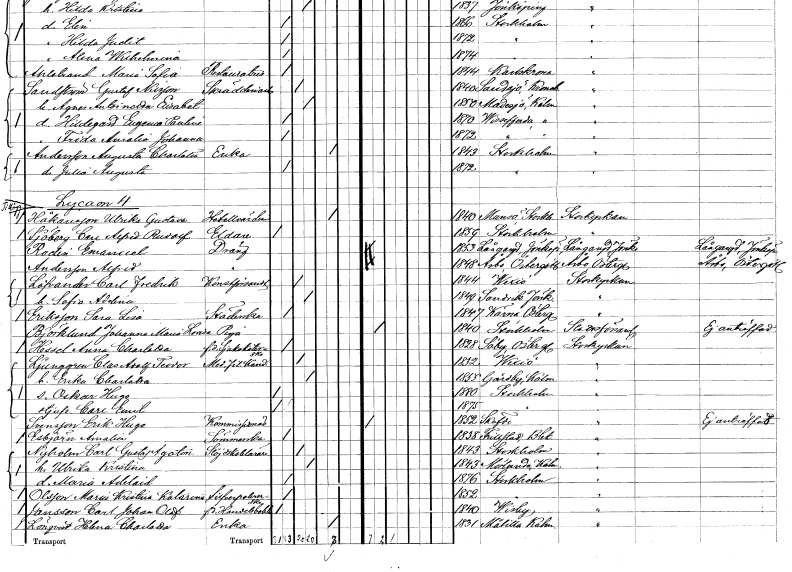
gt_parse: households: individuals: FN: Augusta Charlotta
EN: Andersson
YRKE: Änka
KON: K
CIV: E
FODAR: 1843
FODFORS: Stockholm
FN: Julia Augusta
KON: K
CIV: O
FODAR: 1872
FODFORS: Stockholm
FN: Ulrika Gustava
EN: Håkansson
YRKE: Hotellvärdinna
KON: K
CIV: E
FODAR: 1840
FODFORS: Munsö Stockholms län
FN: Carl Alfred Rudolf
EN: Sjöberg
YRKE: Eldare
KON: M
CIV: O
FODAR: 1859
FODFORS: Stockholm
FN: Emanuel
EN: Rodin
YRKE: Dräng
KON: M
CIV: O
FODAR: 1853
FODFORS: Långaryd Jönköpings län
FN: Alfred
EN: Andersson
YRKE: Dräng
KON: M
CIV: O
FODAR: 1848
FODFORS: Åsbo Östergötlands län
FN: Carl Fredrik
EN: Löfvander
YRKE: Konstförvandt
KON: M
CIV: G
FODAR: 1844
FODFORS: Växjö Kronobergs län
FN: Sofia Adelina
KON: K
CIV: G
FODAR: 1849
FODFORS: Sandvik Jönköpings län
FN: Sara Lisa
EN: Eriksson
YRKE: Städerska
KON: K
CIV: O
FODAR: 1847
FODFORS: Kärna Östergötlands län
FN: Johanna Maria Lovisa
EN: Björklund
YRKE: Piga
KON: K
CIV: O
FODAR: 1840
FODFORS: Stockholm
FN: Anna Charlotta
EN: Hessel
YRKE: Sjuksköterska f.d.
KON: K
CIV: O
FODAR: 1828
FN: Clas Adolf Teodor
EN: Ljunggren
YRKE: Medicine fil. Kand.
KON: M
CIV: G
FODAR: 1832
FODFORS: Växjö Kronobergs län
FN: Erika Charlotta
KON: K
CIV: G
FODAR: 1855
FODFORS: Gårdby Kalmar län
FN: Oskar Hugo
KON: M
CIV: O
FODAR: 1880
FODFORS: Stockholm
FN: Carl Emil
KON: M
CIV: O
FODAR: 1875
FODFORS: Stockholm
FN: Erik Hugo
EN: Svensson
YRKE: Kommissionär
KON: M
CIV: O
FODAR: 1852
FODFORS: Skövde Skaraborgs län
FN: Amalia
EN: Esbjörn
YRKE: Sömmerska
KON: K
CIV: O
FODAR: 1838
FODFORS: Frillestad Malmöhus län
FN: Carl Gustaf Agaton
EN: Nyholm
YRKE: Slöjdlärare
KON: M
CIV: G
FODAR: 1843
FODFORS: Stockholm
FN: Ulrika Kristina
KON: K
CIV: G
FODAR: 1843
FODFORS: Mörlunda Kalmar län
FN: Maria Adelaide
KON: K
CIV: O
FODAR: 1876
FODFORS: Stockholm
FN: Maria Kristina Katarina
EN: Olsson
YRKE: Silverpolererska
KON: K
CIV: O
FODAR: 1852
FODFORS: Stockholm
FN: Carl Johan Olof
EN: Jansson
YRKE: Handelsbokhållare f.d.
KON: M
CIV: O
FODAR: 1840
FODFORS: Visby Gotlands län
FN: Helena Charlotta
EN: lönqvist
YRKE: Änka
KON: K
CIV: E
FODAR: 1831
FODFORS: Målilla med Gårdveda Kalmar län